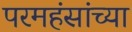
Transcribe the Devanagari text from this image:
परमहंसांच्या